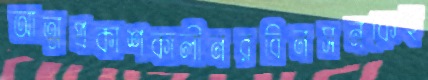
আত্মপ্রকাশকালীনরবিনসনকেহু